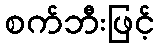
စက်ဘီးဖြင့်